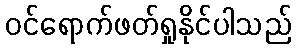
ဝင်ရောက်ဖတ်ရှုနိုင်ပါသည်